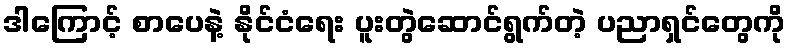
ဒါကြောင့် စာပေနဲ့ နိုင်ငံရေး ပူးတွဲဆောင်ရွက်တဲ့ ပညာရှင်တွေကို